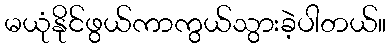
မယုံနိုင်ဖွယ်ကာကွယ်သွားခဲ့ပါတယ်။